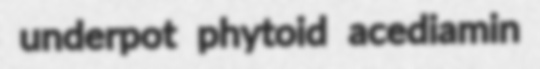
underpot phytoid acediamin